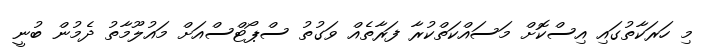
މި ހަރަކާތުގައި އިސްކޮށް މަސައްކަތްކުރާ ފަރާތެއް ވަގުތު ސްޕޯޓްސްއަށް މައުލޫމާތު ދެމުން ބުނީ